Lunatic asylums in Bengal annual reports 1888-1898 - 1888-1898
Year: 1888
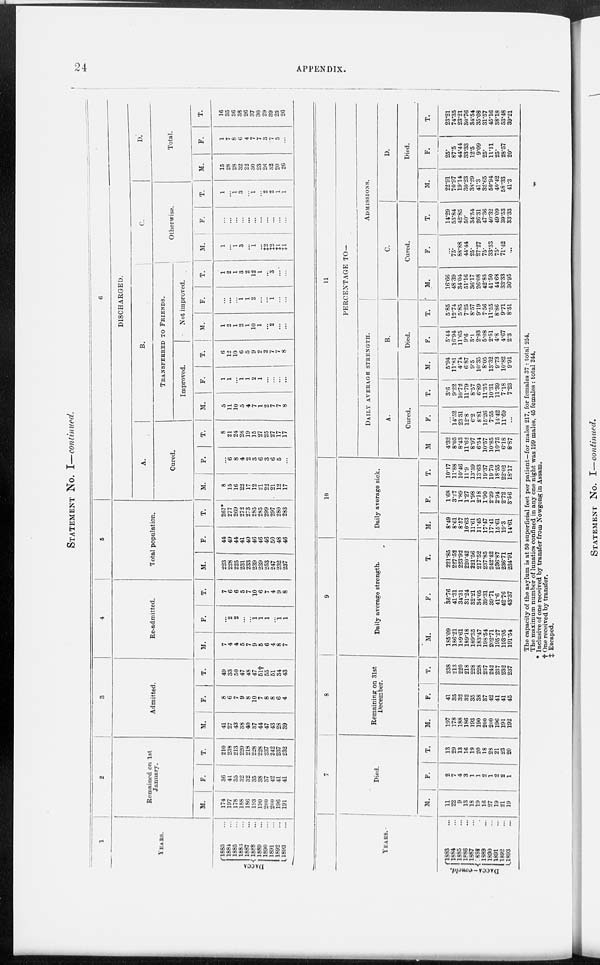
24 APPENDIX.
STATEMENT No. I—continued.
1
YEARS.
DACCA.
1883 ...
1884 ...
1885 ...
1886 ...
1887 ...
1888 ...
1889 ...
1890 ...
1891 ...
1892 ...
1893 ...
2
Remained on 1st
January.
M.
174
197
178
188
186
193
190
200
200
196
191
F.
36
41
35
32
32
35
38
37
42
41
41
T .
210
238
213
220
218
228
228
237
242
237
232
3
Admitted.
M.
41
27
43
38
40
37
44
47
43
28
39
F.
8
6
7
9
8
10
7
8
8
6
4
T.
49
33
50
47
48
47
51†
55
51
34
43
4
Re-admitted.
M.
7
4
4
5
7
9
5
6
4
8
7
F.
...
2
2
...
... 1
1
1
... 1
1
T.
7
6
6
5
7
10
6
7
4
9
8
5
Total population.
M.
223
228
225
231
233
239
239
253
247
232
237
F.
44
49
44
41
40
46
46
46
50
48
46
T.
267*
277
269
272
273
285
285
299
297
280
283
6
DISCHARGED.
A.
Cured.
M.
8
15
16
22
17
12
21
22
21
12
17
F.
...
6
8
4
2
3
6
3
6
5
...
T.
8
21
24
26
19
15
27
25
27
17
17
B.
TRANSFERRED TO
FRIENDS.
Improved.
M.
5
11
10
5
4
7
1
2
7
7
8
F.
1
1
...
1
1
2
1
...
...
... ...
T.
6
12
10
6
5
9
2
2
7
7
8
Not improved.
M.
1
2
1
2
1
10
1
...
2
...
...
F.
...
...
... 1
1
2
...
...
1
... ...
T.
1
2
1
3
2
12
1
...
3
...
...
C.
Otherwise.
M.
1
...
1
3
...
1
...
‡2
‡2
‡1
‡1
F.
...
...
...
...
... ...
...
...
...
...
...
T.
1
...
1
3
... 1
... 2
2
1
1
D.
Total.
M.
15
28
28
32
22
30
23
26
32
20
26
F.
1
7
8
6
4
7
7
3
7
5
...
T.
16
35
36
38
26
37
30
29
39
25
26
YEARS.
DACCA—concld..
1883 ...
1884 ...
1885 ...
1886 ...
1887 ...
1888 ...
1889 ...
1890 ...
1891 ...
1892 ...
1893 ...
7
Died.
M.
11
22
9
13
18
19
16
27
19
21
19
F.
2
7
4
3
1
1
2
1
2
2
1
T.
13
29
13
16
19
20
18
28
21
23
20
8
Remaining on 31st
December.
M.
197
178
188
186
193
190
200
200
196
191
192
F.
41
35
32
32
35
38
37
42
41
41
45
T.
238
213
220
218
228
228
237
242
237
232
237
9
Daily average strength.
M.
185.09
186.21
189.61
189.18
189.35
183.47
198.54
202.71
195.27
193.95
191.54
F.
36.76
41.31
34.31
31.24
32.21
34.05
39.31
39.71
41.6
42.76
43.37
T.
221.85
227.52
223.92
220.42
221.56
217.52
237.85
242.42
236.87
236.71
234.91
10
Daily average sick.
M.
8.49
8.61
8.57
10.63
11.61
11.45
17.47
17.1
15.61
19.3
14.61
F.
1.68
3.27
1.89
1.27
1.98
2.18
1.90
2.29
2.94
2.72
3.56
T.
10.17
11.88
10.46
11.9
13.59
13.63
19.37
19.70
18.55
22.02
18.17
11
PERCENTAGE TO—
DAILY AVERAGE STRENGTH.
A.
Cured.
M.
4.32
8.05
8.43
11.62
8.97
6.54
10.57
10.85
10.75
6.18
8.87
F.
...
14.52
23.31
12.8
6.2
8.81
15.26
7.55
14.42
11.69
...
T.
3.6
9.22
10.72
11.79
8.57
6.89
11.35
10.31
11.39
7.18
7.23
B.
Died.
M.
5.94
11.81
4.74
6.87
9.5
10.35
8.05
13.32
9.73
10.82
9.91
F.
5.44
16.94
11.65
9.6
3.1
2.93
5.08
2.51
4.8
4.67
2.3
T.
5.85
12.74
5.85
7.25
8.57
9.19
7.56
11.55
8.86
9.71
8.51
ADMISSIONS.
C.
Cured.
M.
16.66
48.39
34.04
51.16
36.17
26.08
42.85
41.50
44.68
33.33
36.95
F.
...
75.
88.88
44.44
25.
27.27
75.
33.33
75.
71.42
...
T.
14.29
53.84
42.85
50.
34.54
26.31
47.36
40.32
49.09
39.53
33.33
D.
Died.
M.
22.91
70.97
19.14
30.23
35.29
41.3
32.65
50.94
40.42
58.33
41.3
F.
25.
87.5
44.44
33.33
12.5
9.09
25.
11.11
25.
28.57
20.
T.
23.21
74.35
23.21
30.76
34.54
35.08
31.57
45.16
38.18
53.48
39.21
The capacity of the asylum is at 50 superficial feet per patient—for males 217, for females 37 : total 254.
The maximum number of lunatics confined in any one night was 199 males, 45 females : total 244.
* Inclusive of one received by transfer from Nowgong in Assam.
† One received by transfer.
‡ Escaped.